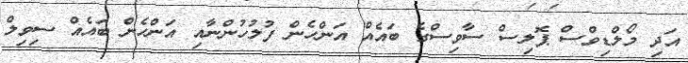
އަދި މޯލްޑިވްސް ޕޮލިސް ސާވިސްގެ ބައެއް އަންހެން ފުލުހުންނާއި އަންހެން ބައެއް ސިވިލް